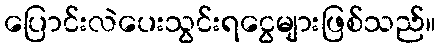
ပြောင်းလဲပေးသွင်းရငွေများဖြစ်သည်။